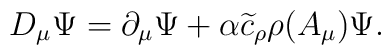
D_\mu \Psi = \partial_\mu \Psi + \alpha \widetilde{c}_\rho \rho (A_\mu)\Psi.